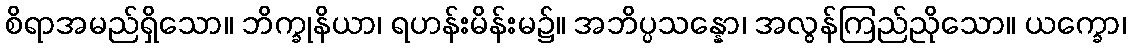
စိရာအမည်ရှိသော။ ဘိက္ခုနိယာ၊ ရဟန်းမိန်းမ၌။ အဘိပ္ပသန္နော၊ အလွန်ကြည်ညိုသော။ ယက္ခော၊